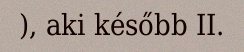
), aki később II.